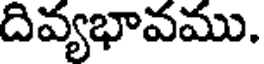
దివ్యభావము.